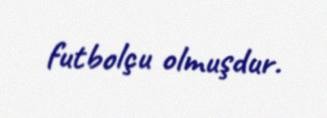
futbolçu olmuşdur.